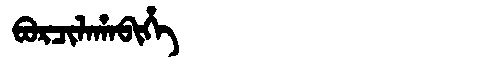
Manchu: ᠪᠣᡵᠴᡳᠯᠠᡥᠠᠪᡳᡥᡝ
Romanization: BORCILAHABIHE